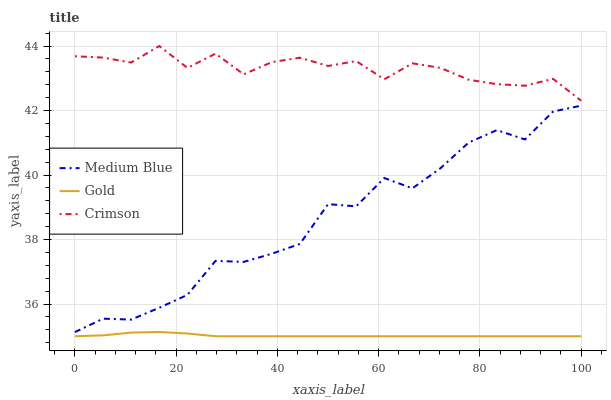
| xaxis_label | Medium Blue | Gold | Crimson |
 | --- | --- | --- | --- |
 | 0 | 35.1 | 35 | 43.7 |
 | 5.56 | 35.5 | 35 | 43.6 |
 | 11.1 | 35.5 | 35.1 | 43.5 |
 | 16.7 | 35.9 | 35.1 | 44 |
 | 22.2 | 36.3 | 35.1 | 43.3 |
 | 27.8 | 37.3 | 35 | 43.8 |
 | 33.3 | 37.3 | 35 | 43.1 |
 | 38.9 | 37.6 | 35 | 43.5 |
 | 44.4 | 37.9 | 35 | 43.6 |
 | 50 | 39.1 | 35 | 43.4 |
 | 55.6 | 39 | 35 | 43.5 |
 | 61.1 | 39.9 | 35 | 43 |
 | 66.7 | 39.6 | 35 | 43.5 |
 | 72.2 | 40.2 | 35 | 43.3 |
 | 77.8 | 41 | 35 | 43 |
 | 83.3 | 41.4 | 35 | 42.8 |
 | 88.9 | 41.1 | 35 | 42.8 |
 | 94.4 | 42 | 35 | 43 |
 | 100 | 42.2 | 35 | 42.3 |